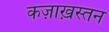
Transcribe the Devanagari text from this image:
कज़ाख़स्तन